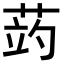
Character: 𦲂